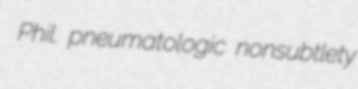
Phil. pneumatologic nonsubtlety